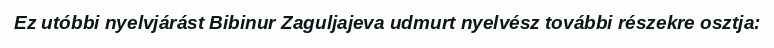
Ez utóbbi nyelvjárást Bibinur Zaguljajeva udmurt nyelvész további részekre osztja: